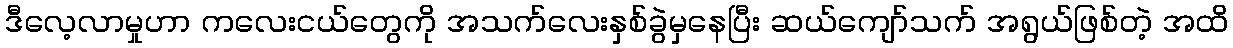
ဒီလေ့လာမှုဟာ ကလေးငယ်တွေကို အသက်လေးနှစ်ခွဲမှနေပြီး ဆယ်ကျော်သက် အရွယ်ဖြစ်တဲ့ အထိ